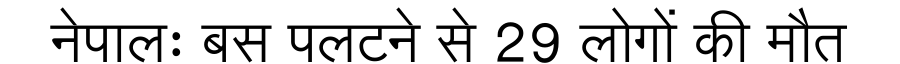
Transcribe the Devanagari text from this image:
नेपालः बस पलटने से 29 लोगों की मौत